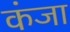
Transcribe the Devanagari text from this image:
कंजा